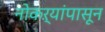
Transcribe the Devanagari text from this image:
नोकऱ्यांपासून